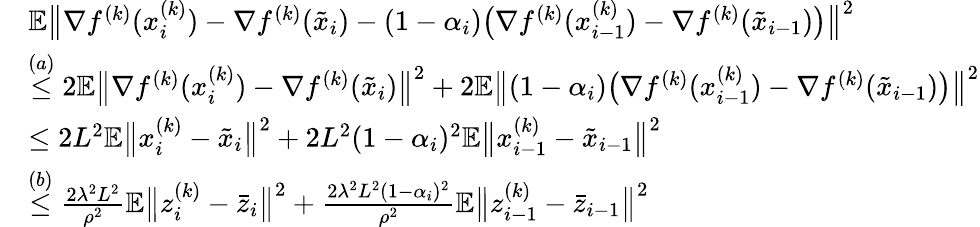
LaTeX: \begin{array}{rl}&{\mathbb{E}\big\| \nabla f^{(k)}(x_{i}^{(k)})-\nabla f^{(k)}(\tilde{x}_{i})-(1-\alpha_{i})\big(\nabla f^{(k)}(x_{i-1}^{(k)})-\nabla f^{(k)}(\tilde{x}_{i-1})\big)\big\| ^{2}}\\ &{\overset{(a)}{\leq}2\mathbb{E}\big\| \nabla f^{(k)}(x_{i}^{(k)})-\nabla f^{(k)}(\tilde{x}_{i})\big\| ^{2}+2\mathbb{E}\big\| (1-\alpha_{i})\big(\nabla f^{(k)}(x_{i-1}^{(k)})-\nabla f^{(k)}(\tilde{x}_{i-1})\big)\big\| ^{2}}\\ &{\leq 2L^{2}\mathbb{E}\big\| x_{i}^{(k)}-\tilde{x}_{i}\big\| ^{2}+2L^{2}(1-\alpha_{i})^{2}\mathbb{E}\big\| x_{i-1}^{(k)}-\tilde{x}_{i-1}\big\| ^{2}}\\ &{\overset{(b)}{\leq}\frac{2\lambda^{2}L^{2}}{\rho^{2}}\mathbb{E}\big\| z_{i}^{(k)}-\bar{z}_{i}\big\| ^{2}+\frac{2\lambda^{2}L^{2}(1-\alpha_{i})^{2}}{\rho^{2}}\mathbb{E}\big\| z_{i-1}^{(k)}-\bar{z}_{i-1}\big\| ^{2}}\end{array}